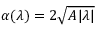
\alpha ( \lambda ) = 2 \sqrt { A | \lambda | }